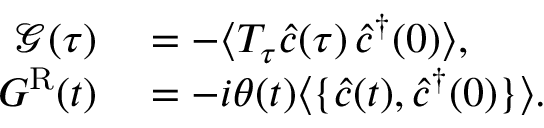
\begin{array} { r l } { \mathcal { G } ( \tau ) } & { { } = - \langle T _ { \tau } \hat { c } ( \tau ) \, \hat { c } ^ { \dagger } ( 0 ) \rangle , } \\ { G ^ { \mathrm { R } } ( t ) } & { { } = - i \theta ( t ) \langle \{ \hat { c } ( t ) , \hat { c } ^ { \dagger } ( 0 ) \} \rangle . } \end{array}